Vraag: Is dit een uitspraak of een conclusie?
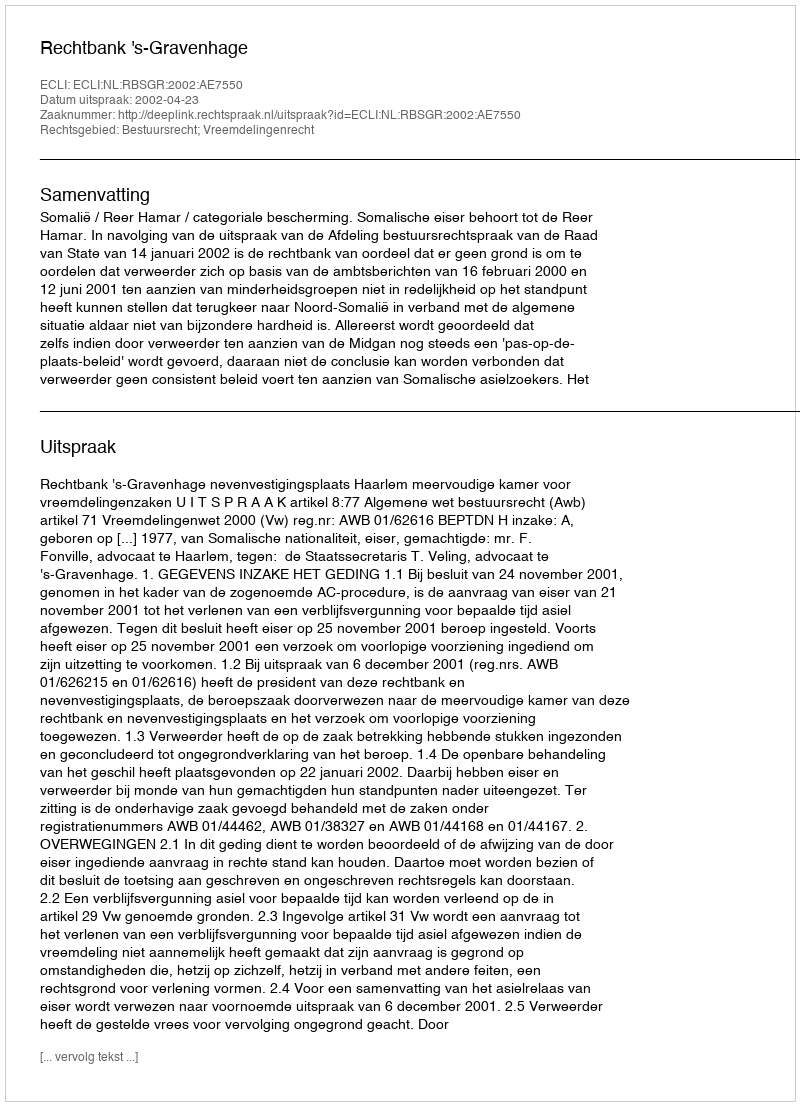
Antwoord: Uitspraak